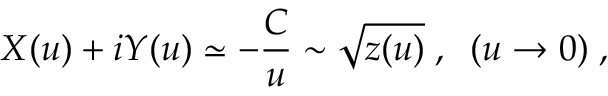
X ( u ) + i Y ( u ) \simeq - \frac { C } { u } \sim \sqrt { z ( u ) } \; , \; \; ( u \rightarrow 0 ) \; ,